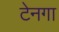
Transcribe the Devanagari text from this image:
टेनगा